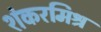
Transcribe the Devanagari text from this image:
शंकरमिश्र